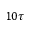
1 0 \tau